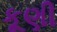
કૂણી